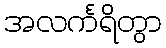
အလင်္ကရိတွာ